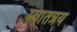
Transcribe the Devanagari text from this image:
स्वातत्रय